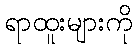
ရာထူးများကို